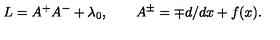
L = A ^ { + } A ^ { - } + \lambda _ { 0 } , \qquad A ^ { \pm } = \mp d / d x + f ( x ) .